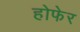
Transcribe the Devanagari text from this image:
होफेर